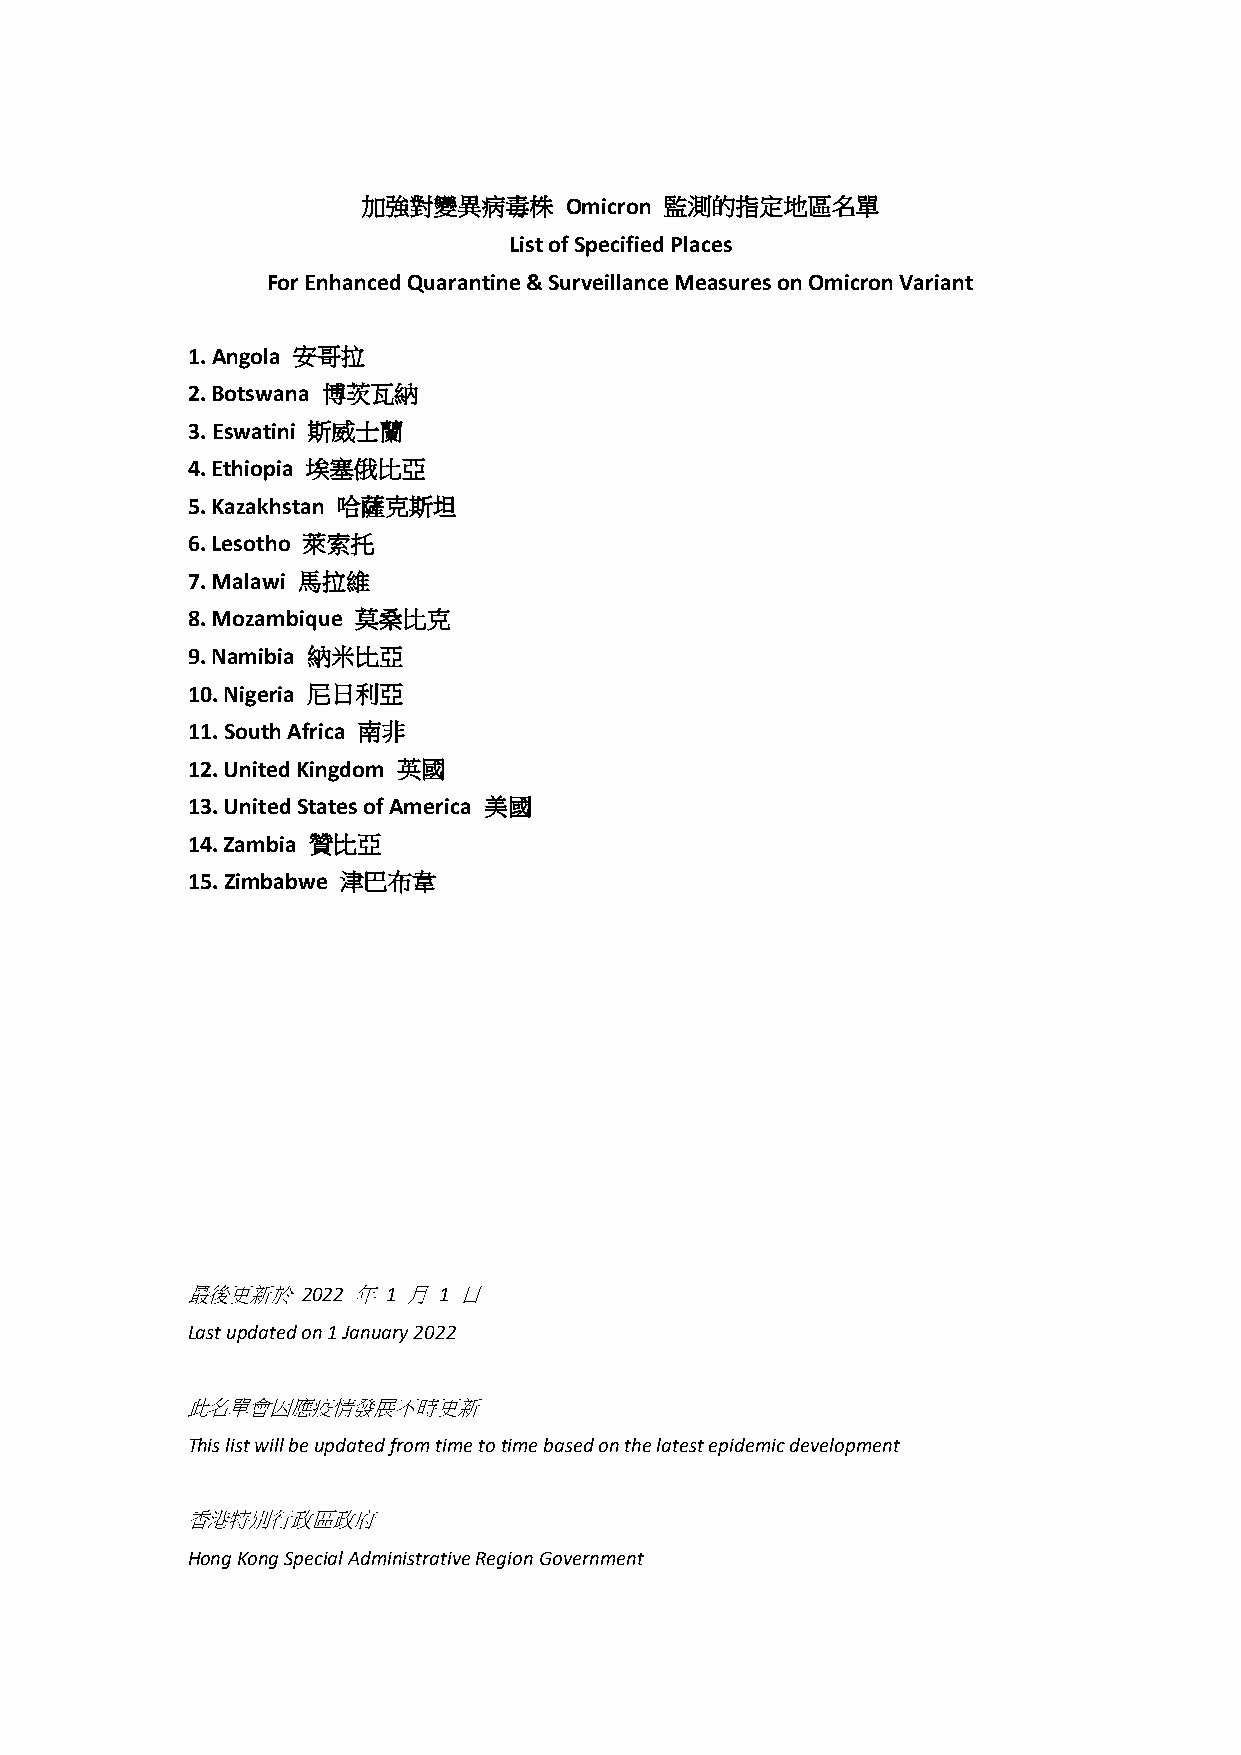
加強對變異病毒株     Omicron 監測的指定地區名單
 List of Specified Places
 For Enhanced Quarantine & Surveillance Measures on Omicron Variant
 1. Angola 安哥拉
 2. Botswana 博茨瓦納
 3. Eswatini 斯威士蘭
 4. Ethiopia 埃塞俄比亞
 5. Kazakhstan 哈薩克斯坦
 6. Lesotho 萊索托
 7. Malawi 馬拉維
 8. Mozambique 莫桑比克
 9. Namibia 納米比亞
 10. Nigeria 尼日利亞
 11. South Africa 南非
 12. United Kingdom 英國
 13. United States of America 美國
 14. Zambia 贊比亞
 15. Zimbabwe 津巴布韋
 最後更新於   2022 年 1 月 1 日
 Last updated on 1 January 2022
 此名單會因應疫情發展不時更新
 This list will be updated from time to time based on the latest epidemic development
 香港特別行政區政府
 Hong Kong Special Administrative Region Government